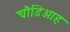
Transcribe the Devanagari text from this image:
चौडिआह